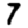
Digit: 7